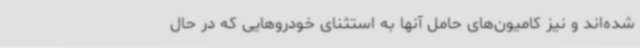
شده‌اند و نیز کامیون‌های حامل آنها به استثنای خودروهایی که در حال